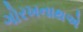
ગોરખનાથએ